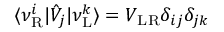
\langle \nu _ { \mathrm { R } } ^ { i } | \hat { V } _ { j } | \nu _ { \mathrm { L } } ^ { k } \rangle = V _ { \mathrm { L R } } \delta _ { i j } \delta _ { j k }